Lunatic asylums United Provinces 1909-1921 - 1909-1921
Year: 1909
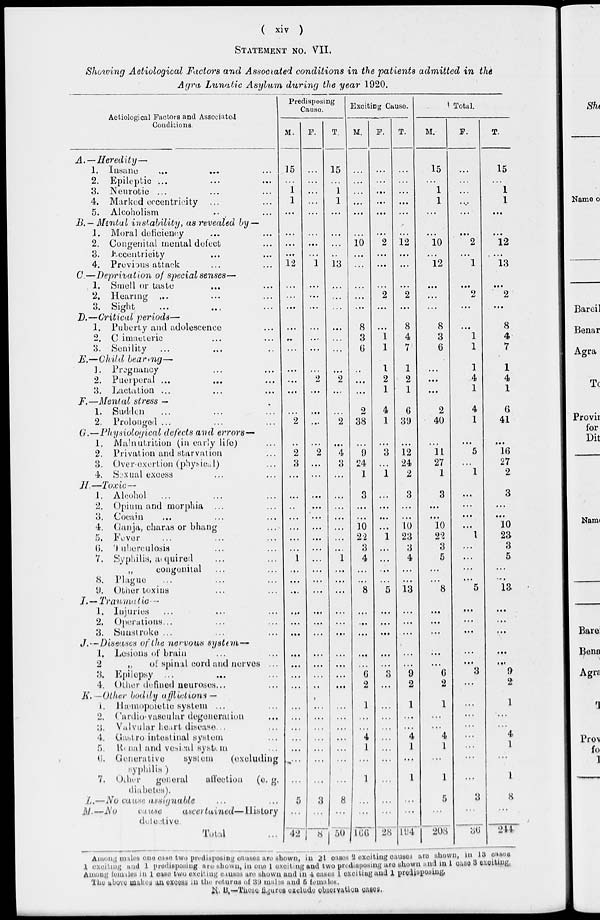
( xiv )
STATEMENT NO. VII.
Showing Aetiological Factors and Associated conditions in the patients admitted in the
Agra Lunatic Asylum during the year 1920.
Aetiological Factors and Associated
Conditions.
A.—Heredity—
1. Insane ... ... ...
2. Epileptic ... ... ...
3. Neurotic ... ... ...
4. Marked eccentricity ... ...
5. Alcoholism ... ...
B.— Mental instability,
as revealed by —
1. Moral deficiency ... ...
2. Congenital mental defect ...
3. Eccentricity ... ...
4. Previous attack ... ...
C.—Deprivation
of special senses—
1. Smell or taste ... ...
2. Hearing ... ... ...
3. Sight ... ... ...
D.—Critical
periods—
1. Puberty and adolescence ...
2. Climacteric ... ...
3. Senility ... ... ...
E.—Child
bearing—
1. Pregnancy ... ...
2. Puerperal ... ... ...
3. Lactation ... ... ...
F.—Mental stress —
1. Sudden ... ... ...
2. Prolonged ... ... ...
G.—Physiological defects and errors—
1. Malnutrition (in early life) ...
2. Privation and starvation ...
3. Over-exertion (physical) ...
4. Sextual excess ... ...
H.—Toxic —
1. Alcohol
... ... ...
2. Opium and morphia ... ...
3. Cocain ... ... ...
4. Ganja, charas or bhang ...
5. Fever ... ... ...
6. Tuberculosis ... ...
7. Syphilis, auquired ... ...
„
congenital ... ...
8. Plague ... ... ...
9. Other toxins ... ...
I. — Traumatic—
1. Injuries ... ... ...
2. Operations ... ... ...
3. Sunstroke ... ... ...
J.—Diseases of the nervous system—
1. Lesions of brain ... ...
2
„ of spinal cord and nerves ...
3. Epilepsy ... ... ...
4. Other defined neuroses ... ...
K. —Other bodily afflictions —
1. Hæmopoietic system ... ...
2. Cardio- vascular degeneration ...
3. Valvular heart disease ...
4. Gastro intestinal system ...
5. Renal and vesical system ...
6.
Generative
system
(excluding
syphilis )
7.
Other
general
affection
(e. g.
diabetes).
L.—No cause assignable ... ...
M.—No
cause
ascertained—History
detective.
Total ...
Predisposing
Cause.
M.
15
...
1
1
...
...
...
...
12
...
...
...
...
...
...
...
...
...
...
2
...
2
3
...
...
...
...
...
...
...
1
...
...
...
...
...
...
...
...
...
...
...
...
...
...
...
...
...
5
...
42
F.
...
...
...
...
...
...
...
...
1
...
...
...
...
...
...
...
2
...
...
....
...
2
...
...
...
...
...
....
...
...
...
...
...
...
...
...
...
...
...
...
..
...
...
...
...
...
...
...
3
...
8
T.
15
...
1
1
...
...
...
...
13
...
...
...
...
...
...
...
2
...
...
2
...
4
3
...
...
...
...
...
...
...
1
...
...
...
...
...
...
...
...
...
...
...
...
...
...
....
...
...
8
...
50
Exciting Cause.
M.
...
...
...
...
...
...
10
...
...
...
...
...
8
3
6
...
...
...
2
38
...
9
24
1
3
...
...
10
22
3
4
...
...
8
...
...
...
...
...
6
2
1
...
...
4
1
...
1
...
...
166
F.
...
...
...
...
...
...
2
...
...
...
2
...
...
1
1
1
2
1
4
1
...
3
...
1
...
...
...
...
1
...
...
...
...
5
...
...
...
...
...
3
...
...
...
...
....
...
...
...
...
...
28
T.
...
...
...
...
...
...
12
...
...
...
2
...
8
4
7
1
2
1
6
39
...
12
24
2
3
...
...
10
23
3
4
...
...
13
...
...
...
...
...
9
2
1
...
...
4
1
...
1
...
...
194
Total.
M.
15
...
1
1
...
...
10
...
12
...
...
...
8
3
6
...
...
...
2
40
...
11
27
1
3
...
...
10
22
3
5
...
...
8
...
...
...
...
...
6
2
1
...
...
4
1
...
1
5
...
208
F.
...
...
...
...
...
...
2
...
1
...
2
...
...
1
1
1
4
1
4
1
...
5
...
1
...
...
...
...
1
...
...
...
...
5
...
...
...
...
...
3
...
...
...
...
...
...
...
...
3
...
36
T.
15
...
1
1
...
...
12
...
13
...
2
...
8
4
7
1
4
1
6
41
...
16
27
2
3
...
...
10
23
3
5
...
...
13
...
...
...
...
...
9
2
1
...
...
4
1
...
1
8
...
244
Among males one case two predisposing causes are shown, in 21 cases 2 exciting causes are shown, in 13 cases
1 exciting and 1 predisposing are shown, in one 1 exciting and two predisposing are shown and in 1 case 3 exciting.
Among females in 1 case two exciting causes are shown and in 4 cases 1 exciting and 1 predisposing.
The above makes an excess in the returns of 39 males and 5 females.
N. B.—These figures exclude observation cases.